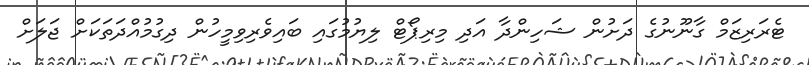
ޓެރަރިޒަމް ގާނޫނުގެ ދަށުން ޝަހިންދާ އަދި މިރިޕޯޓް ލިޔުމުގައި ބައިވެރިވިމީހުން ދިގުމުއްދަތަކަށް ޖަލަށް